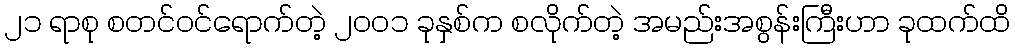
၂၁ ရာစု စတင်ဝင်ရောက်တဲ့ ၂၀၀၁ ခုနှစ်က စလိုက်တဲ့ အမည်းအစွန်းကြီးဟာ ခုထက်ထိ